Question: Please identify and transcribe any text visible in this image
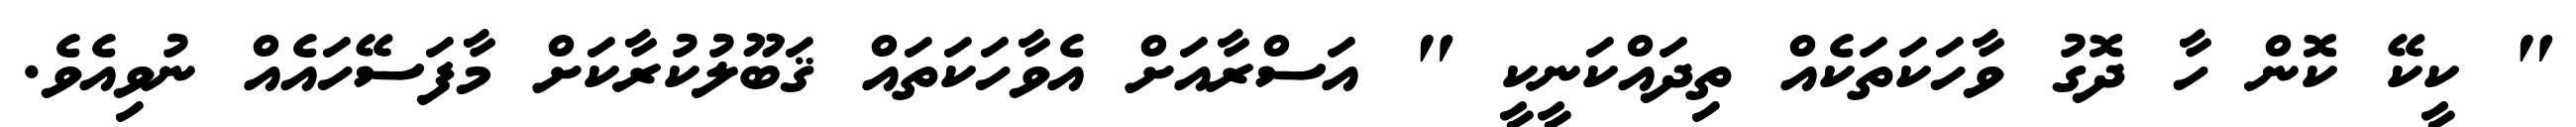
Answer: " ކީކޭ ކޮން ހާ ދޮގު ވާހަކަތަކެއް ތިދައްކަނީކީ " އަސްރާއަށް އެވާހަކަތައް ޤަބޫލުކުރާކަށް މާފަސޭހައެއް ނުވިއެވެ.